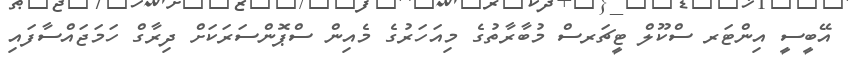
އޭބީސީ އިންޓަރ ސްކޫލް ޓީޗަރސް މުބާރާތުގެ މިއަހަރުގެ މެއިން ސްޕޮންސަރަކަށް ދިރާގް ހަމަޖައްސާފައި